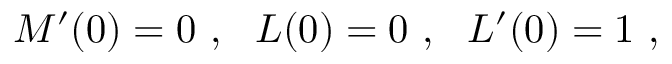
M ^ { \prime } ( 0 ) = 0 ~ , ~ ~ { \cal L } ( 0 ) = 0 ~ , ~ ~ { \cal L } ^ { \prime } ( 0 ) = 1 ~ ,